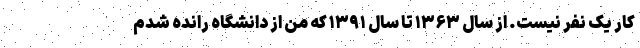
کار یک نفر نیست. از سال ۱۳۶۳ تا سال ۱۳۹۱ که من از دانشگاه رانده شدم